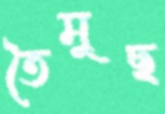
তৈমুছ